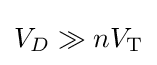
V_{D}\gg nV_{\text{T}}